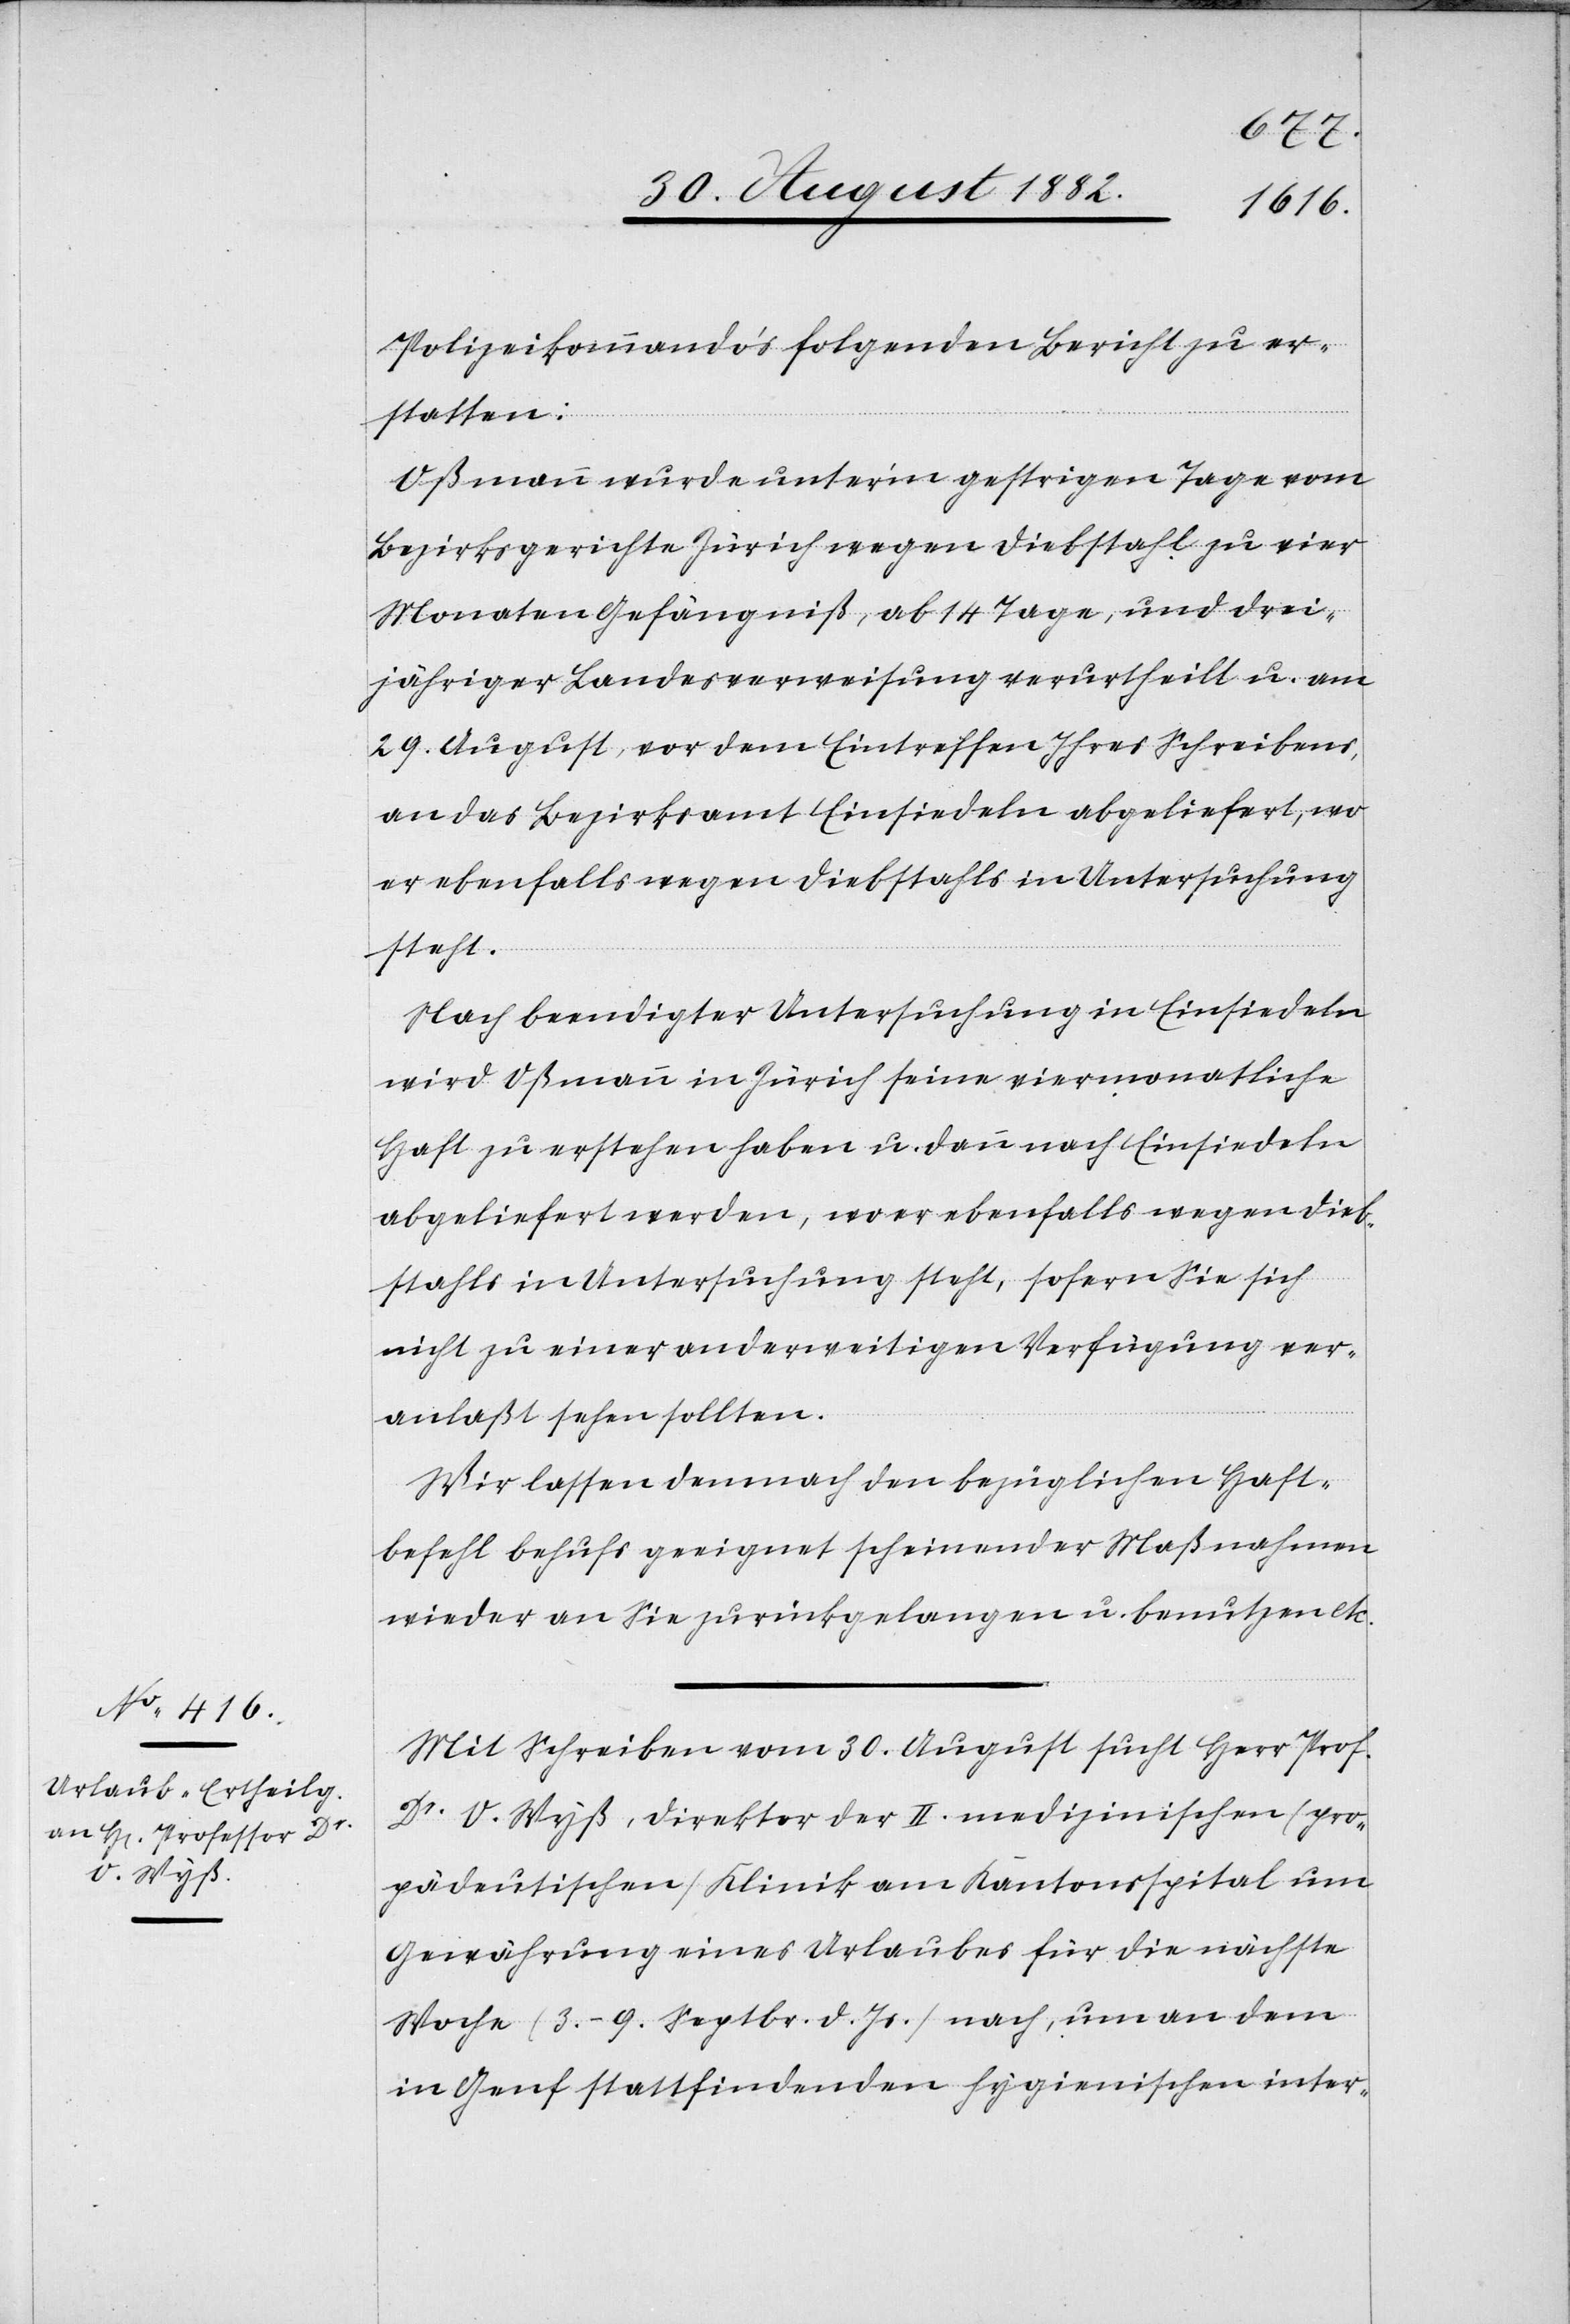
Polizeikommando‘s folgenden Bericht zu er¬
essor
statten:
Oßmann wurde unter’m gestrigen Tage vom
Bezirksgerichte Zürich wegen Diebstahl zu vier
Monaten Gefängniß, ab 14 Tage, und drei¬
jähriger Landesverweisung verurtheilt u. am
29. August, vor dem Eintreffen Ihres Schreibens,
an das Bezirksamt Einsiedeln abgeliefert, wo
er ebenfalls wegen Diebstahls in Untersuchung
steht.
Nach beendigter Untersuchung in Einsiedeln
wird Oßmann in Zürich seine viermonatliche
Haft zu erstehen haben u. dann nach Einsiedeln
abgeliefert werden, wo er ebenfalls wegen Dieb¬
stahls in Untersuchung steht, sofern Sie sich
nicht zu einer anderweitigen Verfügung ver¬
anlaßt sehen sollten.
Wir lassen demnach den bezüglichen Haft¬
befehl behufs geeignet scheinender Maßnahmen
wieder an Sie zurückgelangen u. benutzen etc.
Mit Schreiben vom 30. August sucht Herr Prof¬
Dr O. Wyß, Direktor der II. medizinischen (pro¬
pädeutischen) Klinik am Kantonsspital um
Gewährung eines Urlaubes für die nächste
Woche (3.–9. Septbr. d. Js.) nach, um an dem
in Genf stattfindenden hygienischen inter-